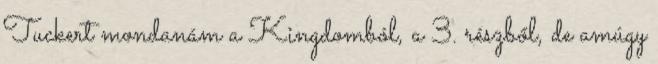
Tuckert mondanám a Kingdomból, a 3. részből, de amúgy